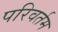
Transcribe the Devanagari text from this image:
परिवर्तम